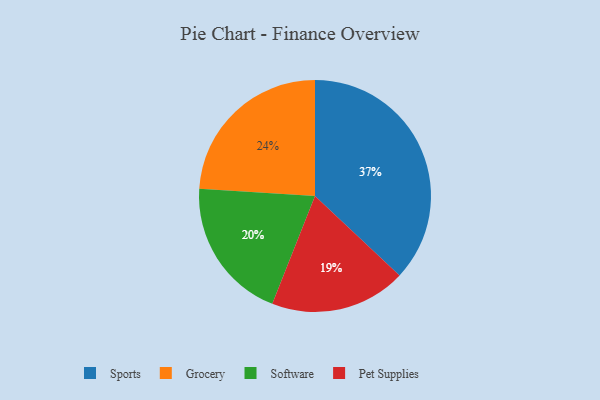
{"axis": {"x": "Category", "y": "Percentage"}, "legend": ["Grocery", "Pet Supplies", "Software", "Sports"], "data": [{"x": "Software", "y": 20, "type": "Software"}, {"x": "Grocery", "y": 24, "type": "Grocery"}, {"x": "Sports", "y": 37, "type": "Sports"}, {"x": "Pet Supplies", "y": 19, "type": "Pet Supplies"}]}